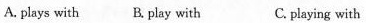
A. plays with B.play with C. playing with